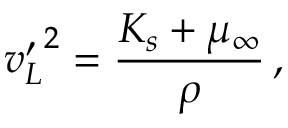
{ v _ { L } ^ { \prime } } ^ { 2 } = \frac { K _ { s } + \mu _ { \infty } } { \rho } \, ,